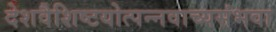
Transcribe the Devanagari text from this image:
देशवैशिष्टयोत्पन्नवाच्यसंभवा